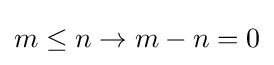
m\leq n\to m-n=0